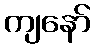
ကျနော်